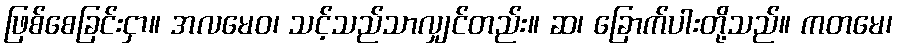
ဖြစ်စေခြင်းငှာ။ အလမေဝ၊ သင့်သည်သာလျှင်တည်း။ ဆ၊ ခြောက်ပါးတို့သည်။ ကတမေ၊